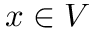
x \in V